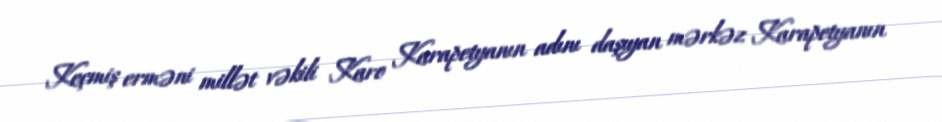
Keçmiş erməni millət vəkili Karo Karapetyanın adını daşıyan mərkəz Karapetyanın